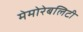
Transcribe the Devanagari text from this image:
मेमोरेबलिटी